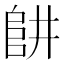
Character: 𨸥